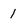
Character: 1